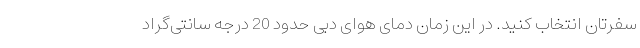
سفرتان انتخاب کنید. در این زمان دمای هوای دبی حدود 20 درجه ‌سانتی‌گراد